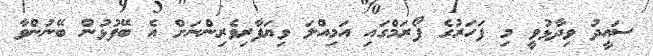
ސައީދު ވިދާޅުވީ މި ފަހަރުގެ ފޯރަމްގައި އަމިއްލަ ވިޔަފާރިވެރިންނަށް އެ ބޭފުޅުން ބޭނުންވާ